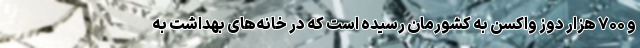
و ۷۰۰ هزار دوز واکسن به کشورمان رسیده است که در خانه‌های بهداشت به